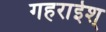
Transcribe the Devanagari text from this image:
गहराईश्